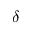
\delta